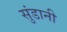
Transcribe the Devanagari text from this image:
सुंडानी